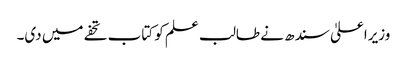
وزیراعلیٰ سندھ نے طالب علم کو کتاب تحفے میں دی۔